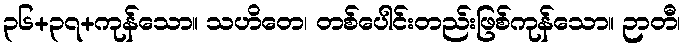
၃၆+၃၇+ကုန်သော။ သဟိတေ၊ တစ်ပေါင်းတည်းဖြစ်ကုန်သော။ ဉာတီ၊